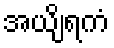
အယျိရကံ